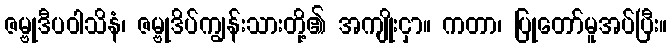
ဇမ္ဗုဒီပဝါသိနံ၊ ဇမ္ဗုဒိပ်ကျွန်းသားတို့၏ အကျိုးငှာ။ ကတာ၊ ပြုတော်မူအပ်ပြီး။